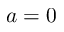
a = 0